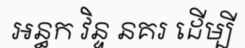
អន្ធក វិន្ទ នគរ ដើម្បី